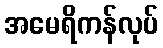
အမေရိကန်လုပ်